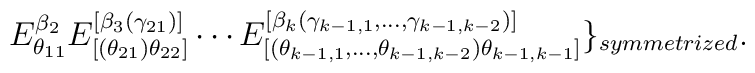
E_{\theta_{11}}^{\beta_{2}}E_{[(\theta_{21})\theta_{22}]}^{[\beta_{3}(\gamma_{21})]}\cdots E_{[(\theta_{k-1,1},\ldots,\theta_{k-1,k-2})\theta_{k-1,k-1}]}^{[\beta_{k}(\gamma_{k-1,1},\ldots,\gamma_{k-1,k-2})]}\}_{symmetrized}.